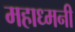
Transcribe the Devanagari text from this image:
महाध्मनी